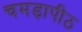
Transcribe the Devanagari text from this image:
चमड़ापीठ